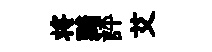
将黯評艾